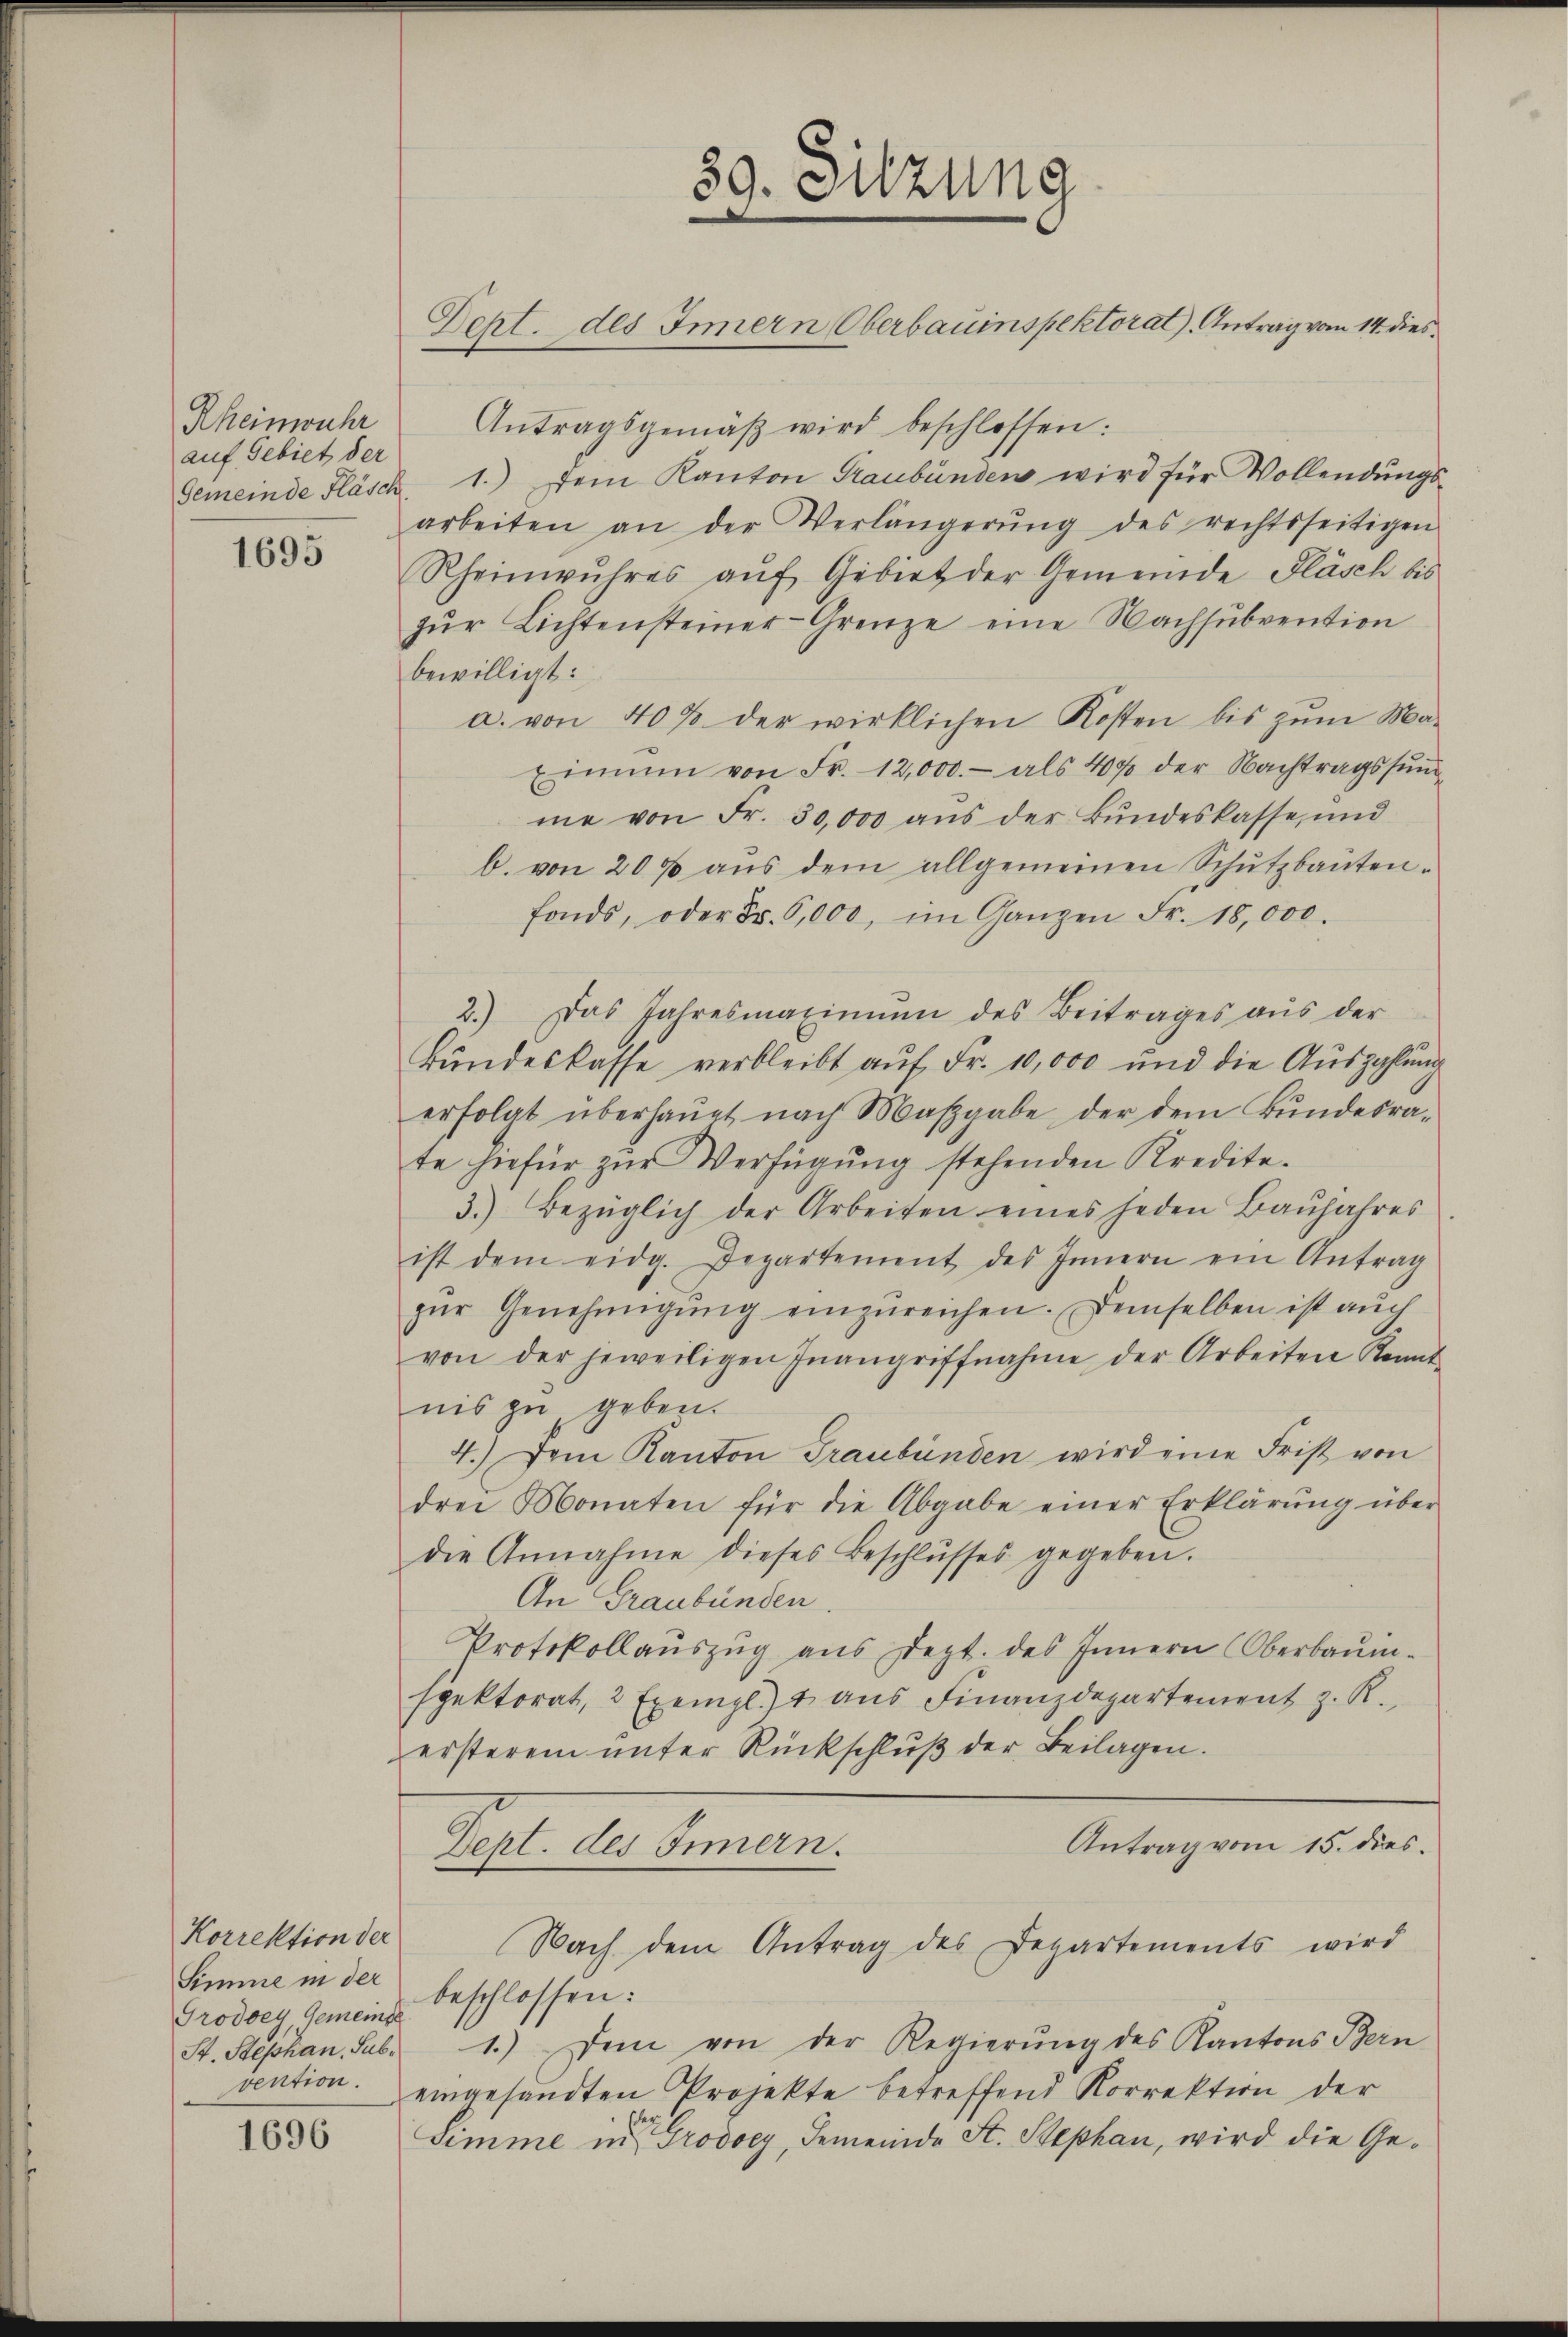
Rheinwuhr
auf Gebiet der

1695

Korrektion der
Simme in der
Grodoey, Gemeinse
vention.

1696

Antragsgemäβ wird beschlossen:
Gemeinde Fläsch 1.) Dem Kanton Graubünden wird für Vollendungs-
arbeiten an der Verlängerŭng des rechtsseitigen
Rheinwŭhres aŭf Gebiet der Gemeinde Fläsch bis
zŭr Lichtensteiner-Grenze eine Nachsŭbvention
bewilligt:
a. von 40% der wirklichen Kosten bis zum Ma-
Einnen von Fr. 12,000.- als 40% der Nachtragssumme von Fr. 30,000 aus der Bundeskasse, und
b. von 200 aŭs dem allgemeinen Schŭtzbauten-
fonds, oder Fr. 6,000, im Ganzen Fr. 18,000.
2.) Das Jahresmaxinnen des Beitrages aŭs der
Bŭndeskasse verbleibt aŭf Fr. 10,000 und die Aŭszahlŭng
erfolgt überhaupt nach Maβgabe der dem Bŭndesra-
te hiefür zŭr Verfügŭng stehenden Kredite.
3.) Bezüglich der Arbeiten eines jeden Baŭjahres
ist dem eidg. Departement des Innern ein Antrag
zŭr Genehmigŭng einzŭreichen. Demselben ist auch
von der jeweiligen Inangriffnahme der Arbeiten Kennt-
nis zu geben.
4.) Dem Kanton Graubünden wird eine Frist von
drei Monaten für die Abgabe einer Erklärŭng über
die Annahme dieses Beschlŭsses gegeben.
An Graubünden.
Protokollauszug aus Dept. des Innern Oberbauinspektorat, 2 Exempl.)4 aŭs Finanzdepartement z. R.
ersterem unter Rückschluß der Beilagen.
Antrag vom 15. dies
Dept. des Innern.
Nach dem Antrag des Departements wird
beschlossen:
St. Stephan Sub. 1.) Dem von der Regierung des Kantons Bern
eingesandten Projekte betreffend Korrektion der
Simme in Grodocy, Gemeinde St. Stephan, wird die Ge¬

89. Sitzung
Dept. des Innern Oberbauinspektorat), Antrag vom 14. dies¬